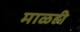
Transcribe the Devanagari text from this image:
माळही